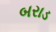
બરાડ